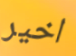
اخير